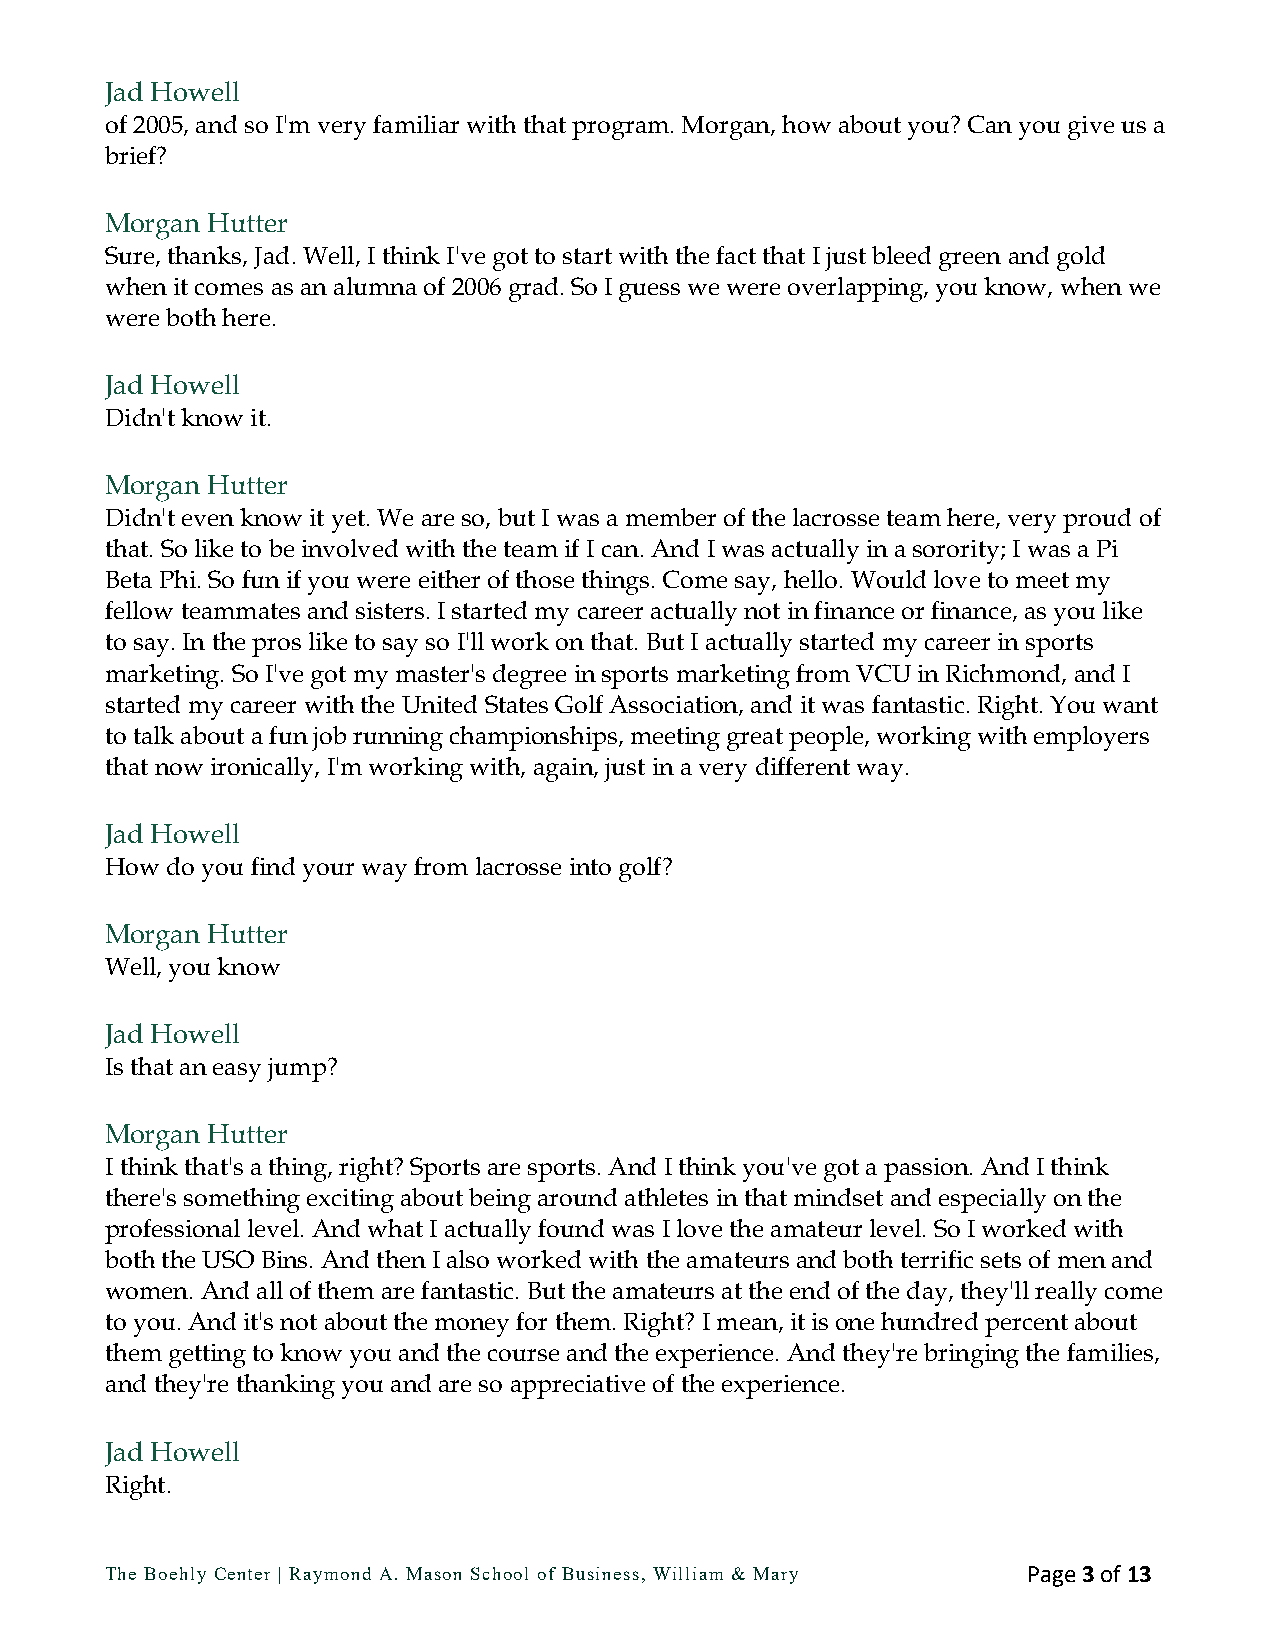
Jad Howell
 of 2005, and so I'm very familiar with that program. Morgan, how about you? Can you give us a
 brief?
 Morgan Hutter
 Sure, thanks, Jad. Well, I think I've got to start with the fact that I just bleed green and gold
 when it comes as an alumna of 2006 grad. So I guess we were overlapping, you know, when we
 were both here.
 Jad Howell
 Didn't know it.
 Morgan Hutter
 Didn't even know it yet. We are so, but I was a member of the lacrosse team here, very proud of
 that. So like to be involved with the team if I can. And I was actually in a sorority; I was a Pi
 Beta Phi. So fun if you were either of those things. Come say, hello. Would love to meet my
 fellow teammates and sisters. I started my career actually not in finance or finance, as you like
 to say. In the pros like to say so I'll work on that. But I actually started my career in sports
 marketing. So I've got my master's degree in sports marketing from VCU in Richmond, and I
 started my career with the United States Golf Association, and it was fantastic. Right. You want
 to talk about a fun job running championships, meeting great people, working with employers
 that now ironically, I'm working with, again, just in a very different way.
 Jad Howell
 How do you find your way from lacrosse into golf?
 Morgan Hutter
 Well, you know
 Jad Howell
 Is that an easy jump?
 Morgan Hutter
 I think that's a thing, right? Sports are sports. And I think you've got a passion. And I think
 there's something exciting about being around athletes in that mindset and especially on the
 professional level. And what I actually found was I love the amateur level. So I worked with
 both the USO Bins. And then I also worked with the amateurs and both terrific sets of men and
 women. And all of them are fantastic. But the amateurs at the end of the day, they'll really come
 to you. And it's not about the money for them. Right? I mean, it is one hundred percent about
 them getting to know you and the course and the experience. And they're bringing the families,
 and they're thanking you and are so appreciative of the experience.
 Jad Howell
 Right.
 The Boehly Center | Raymond A. Mason School of Business, William & Mary Page 3 of 13